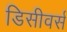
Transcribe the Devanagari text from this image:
डिसीवर्स